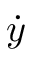
\dot { y }